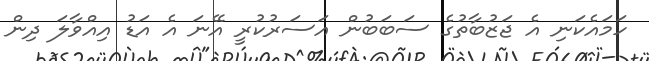
ހަމައެކަނި އެ ޖަޒުބާތުގެ ސަބަބުން އަސަރުކުރީ އޭނަ އެ އަޑު އިއްވާލަ ދިން